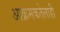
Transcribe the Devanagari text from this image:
आक्रमकतेलाही